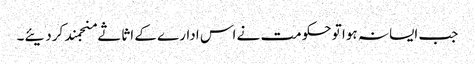
جب ایسا نہ ہوا تو حکومت نے اس ادارے کے اثاثے منجمند کردیئے۔